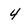
Character: 4